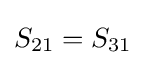
S_{21}=S_{31}